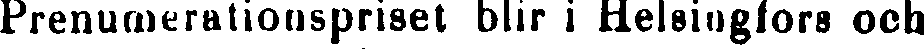
Prenumerationspriset blir i Helsingfors och